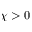
\chi > 0